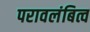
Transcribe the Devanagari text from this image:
परावलंबित्व